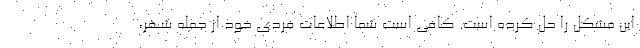
این مشکل را حل کرده است. کافی است شما اطلاعات فردی خود از جمله شهر،